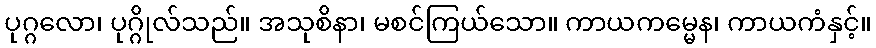
ပုဂ္ဂလော၊ ပုဂ္ဂိုလ်သည်။ အသုစိနာ၊ မစင်ကြယ်သော။ ကာယကမ္မေန၊ ကာယကံနှင့်။